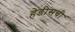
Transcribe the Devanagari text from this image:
हेडीसची